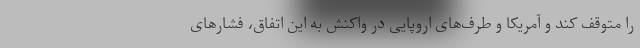
را متوقف کند و آمریکا و طرف‌های اروپایی در واکنش به این اتفاق، فشارهای